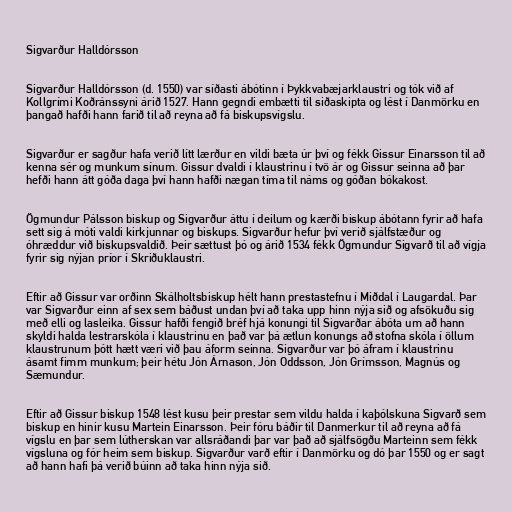
Sigvarður Halldórsson

Sigvarður Halldórsson (d. 1550) var síðasti ábótinn í Þykkvabæjarklaustri og tók við af
Kollgrími Koðránssyni árið 1527. Hann gegndi embætti til siðaskipta og lést í Danmörku en
þangað hafði hann farið til að reyna að fá biskupsvígslu.

Sigvarður er sagður hafa verið lítt lærður en vildi bæta úr því og fékk Gissur Einarsson til að
kenna sér og munkum sínum. Gissur dvaldi í klaustrinu í tvö ár og Gissur seinna að þar
hefði hann átt góða daga því hann hafði nægan tíma til náms og góðan bókakost.

Ögmundur Pálsson biskup og Sigvarður áttu í deilum og kærði biskup ábótann fyrir að hafa
sett sig á móti valdi kirkjunnar og biskups. Sigvarður hefur því verið sjálfstæður og
óhræddur við biskupsvaldið. Þeir sættust þó og árið 1534 fékk Ögmundur Sigvarð til að vígja
fyrir sig nýjan príor í Skriðuklaustri.

Eftir að Gissur var orðinn Skálholtsbiskup hélt hann prestastefnu í Miðdal í Laugardal. Þar
var Sigvarður einn af sex sem báðust undan því að taka upp hinn nýja sið og afsökuðu sig
með elli og lasleika. Gissur hafði fengið bréf hjá konungi til Sigvarðar ábóta um að hann
skyldi halda lestrarskóla í klaustrinu en það var þá ætlun konungs að stofna skóla í öllum
klaustrunum þótt hætt væri við þau áform seinna. Sigvarður var þó áfram í klaustrinu
ásamt fimm munkum; þeir hétu Jón Árnason, Jón Oddsson, Jón Grímsson, Magnús og
Sæmundur.

Eftir að Gissur biskup 1548 lést kusu þeir prestar sem vildu halda í kaþólskuna Sigvarð sem
biskup en hinir kusu Martein Einarsson. Þeir fóru báðir til Danmerkur til að reyna að fá
vígslu en þar sem lútherskan var allsráðandi þar var það að sjálfsögðu Marteinn sem fékk
vígsluna og fór heim sem biskup. Sigvarður varð eftir í Danmörku og dó þar 1550 og er sagt
að hann hafi þá verið búinn að taka hinn nýja sið.